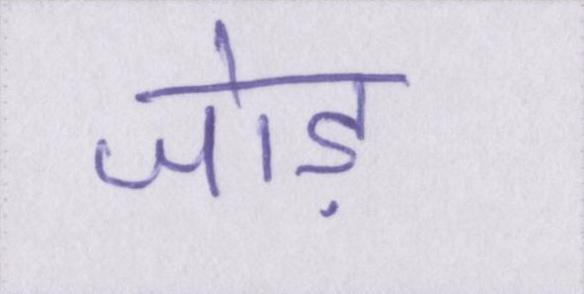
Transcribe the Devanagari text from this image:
जोड़